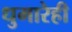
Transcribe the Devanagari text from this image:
धुमारेही